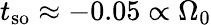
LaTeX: t_{\mathrm{{so}}}\approx-0.05\propto\Omega_{0}